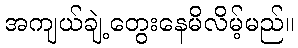
အကျယ်ချဲ့တွေးနေမိလိမ့်မည်။